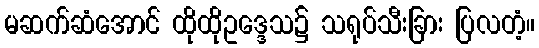
မဆက်ဆံအောင် ထိုထိုဥဒ္ဒေသ၌ သရုပ်သီးခြား ပြလတံ့။